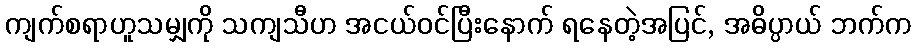
ကျက်စရာဟူသမျှကို သကျသီဟ အငယ်ဝင်ပြီးနောက် ရနေတဲ့အပြင်, အဓိပ္ပာယ် ဘက်က